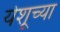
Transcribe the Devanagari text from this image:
येशूच्‍या